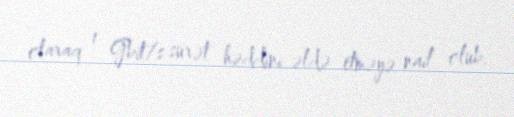
olaraq 1 Gbit/s sürət həddini əldə etməyə nail olub.